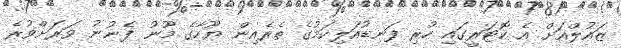
ޒައުލްއަށް އެ ކޮޓަރީގައި ހުރި ފަނޑުއަލިކަމުގެ ތެރެއިން ޔޫހާގެ މޫނު ފެނުނު ވަރަށްވުރެ